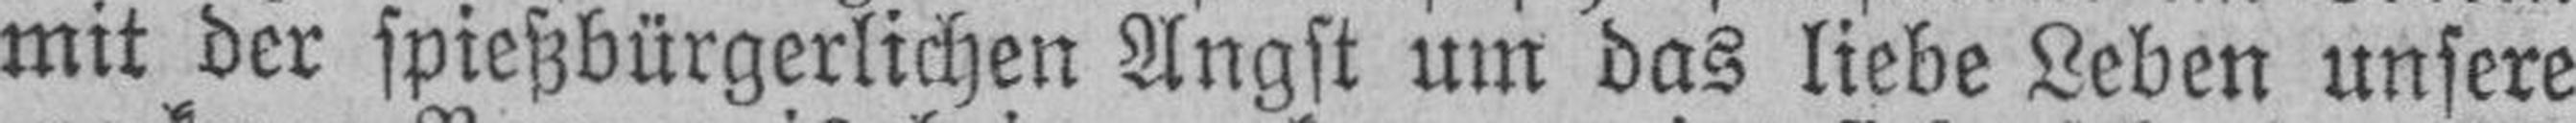
mit der spießbürgerlichen Angst um das liebe Leben unsere